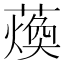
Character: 𮑴